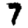
Digit: 7